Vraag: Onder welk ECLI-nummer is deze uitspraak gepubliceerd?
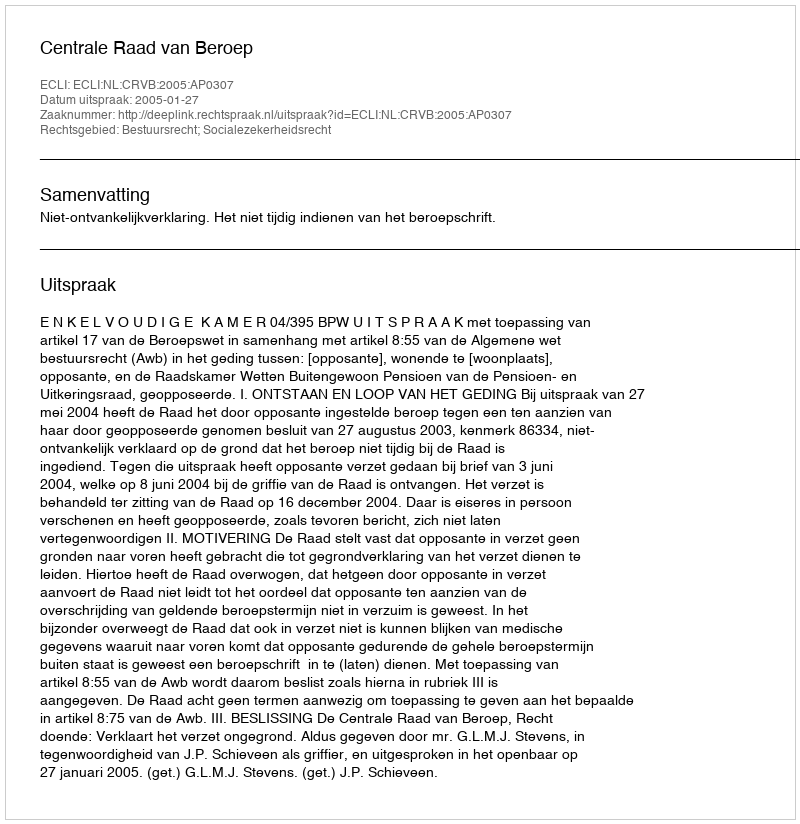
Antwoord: ECLI:NL:CRVB:2005:AP0307